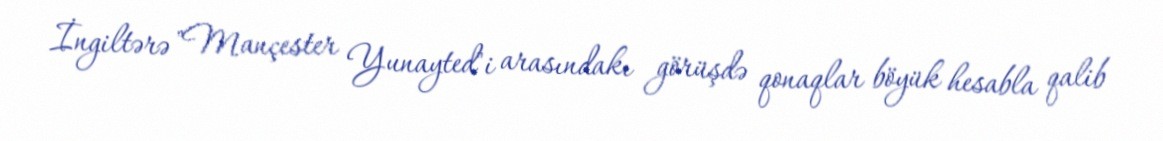
İngiltərə "Mançester Yunayted"i arasındakı görüşdə qonaqlar böyük hesabla qalib